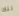
تلك